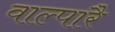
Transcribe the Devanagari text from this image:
वाल्पारै